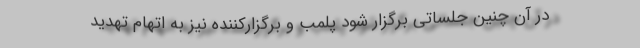
در آن چنین جلساتی برگزار شود پلمب و برگزارکننده نیز به اتهام تهدید